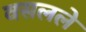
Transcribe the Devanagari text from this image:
वसलले